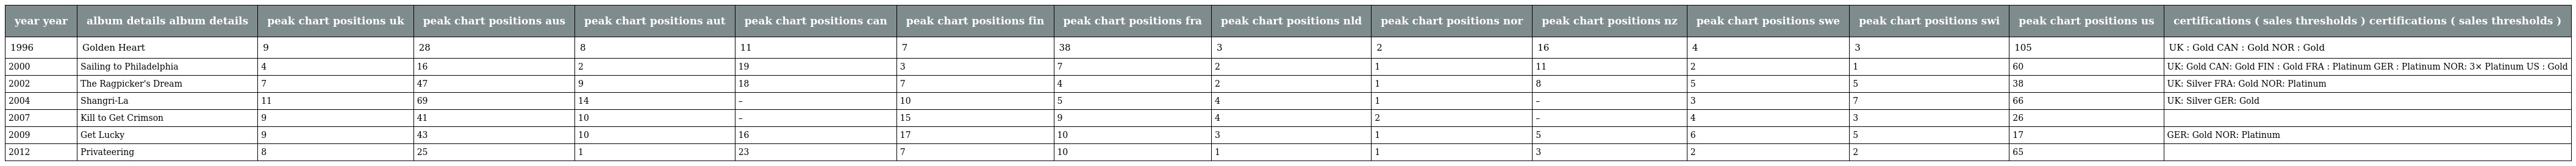
| year year | album details album details | peak chart positions uk | peak chart positions aus | peak chart positions aut | peak chart positions can | peak chart positions fin | peak chart positions fra | peak chart positions nld | peak chart positions nor | peak chart positions nz | peak chart positions swe | peak chart positions swi | peak chart positions us | certifications ( sales thresholds ) certifications ( sales thresholds ) |
 | --- | --- | --- | --- | --- | --- | --- | --- | --- | --- | --- | --- | --- | --- | --- |
 | 1996 | Golden Heart | 9 | 28 | 8 | 11 | 7 | 38 | 3 | 2 | 16 | 4 | 3 | 105 | UK : Gold CAN : Gold NOR : Gold |
 | 2000 | Sailing to Philadelphia | 4 | 16 | 2 | 19 | 3 | 7 | 2 | 1 | 11 | 2 | 1 | 60 | UK: Gold CAN: Gold FIN : Gold FRA : Platinum GER : Platinum NOR: 3× Platinum US : Gold |
 | 2002 | The Ragpicker's Dream | 7 | 47 | 9 | 18 | 7 | 4 | 2 | 1 | 8 | 5 | 5 | 38 | UK: Silver FRA: Gold NOR: Platinum |
 | 2004 | Shangri-La | 11 | 69 | 14 | – | 10 | 5 | 4 | 1 | – | 3 | 7 | 66 | UK: Silver GER: Gold |
 | 2007 | Kill to Get Crimson | 9 | 41 | 10 | – | 15 | 9 | 4 | 2 | – | 4 | 3 | 26 |  |
 | 2009 | Get Lucky | 9 | 43 | 10 | 16 | 17 | 10 | 3 | 1 | 5 | 6 | 5 | 17 | GER: Gold NOR: Platinum |
 | 2012 | Privateering | 8 | 25 | 1 | 23 | 7 | 10 | 1 | 1 | 3 | 2 | 2 | 65 |  |